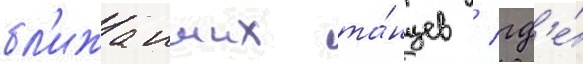
бл'ижаиших та́нцев / гд'е́